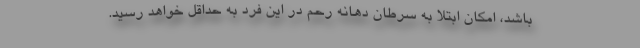
باشد، امکان ابتلا به سرطان دهانه رحم در این فرد به حداقل خواهد رسید.